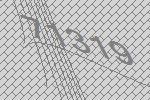
71319